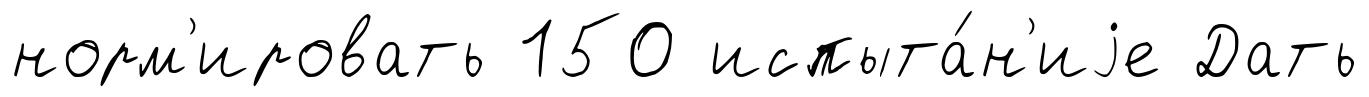
норм'ировать 150 испыта́н'иjе Дать